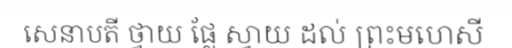
សេនាបតី ថ្វាយ ផ្លែ ស្វាយ ដល់ ព្រះមហេសី